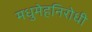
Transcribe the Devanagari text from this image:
मधुमेहनिरोधी